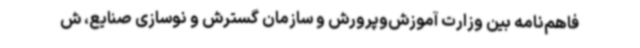
فاهم‌نامه بین وزارت آموزش‌وپرورش و سازمان گسترش و نوسازی صنایع، ش